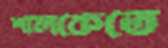
শালকেতে